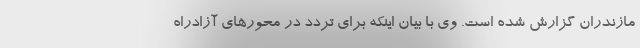
مازندران گزارش شده است. وی با بیان اینکه برای تردد در محورهای آزادراه